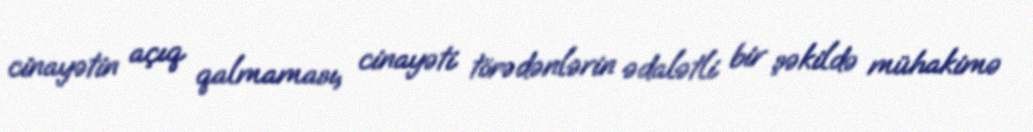
cinayətin açıq qalmaması, cinayəti törədənlərin ədalətli bir şəkildə mühakimə